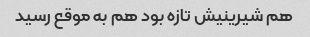
هم شیرینیش تازه بود هم به موقع رسید